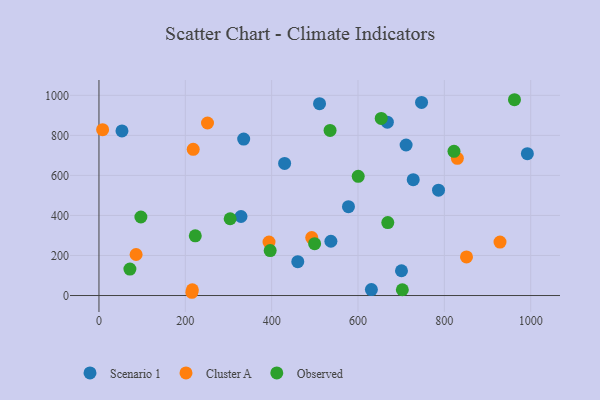
{"axis": {"x": "Engine Size", "y": "Rating"}, "legend": ["Cluster A", "Observed", "Scenario 1"], "data": [{"x": "510.9", "y": 958.5, "type": "Scenario 1"}, {"x": "537.2", "y": 271.1, "type": "Scenario 1"}, {"x": "53.3", "y": 822.3, "type": "Scenario 1"}, {"x": "668.0", "y": 865.7, "type": "Scenario 1"}, {"x": "747.2", "y": 964.3, "type": "Scenario 1"}, {"x": "711.4", "y": 751.9, "type": "Scenario 1"}, {"x": "727.9", "y": 578.8, "type": "Scenario 1"}, {"x": "577.9", "y": 444.0, "type": "Scenario 1"}, {"x": "786.5", "y": 526.4, "type": "Scenario 1"}, {"x": "631.0", "y": 29.6, "type": "Scenario 1"}, {"x": "335.2", "y": 781.5, "type": "Scenario 1"}, {"x": "992.3", "y": 708.5, "type": "Scenario 1"}, {"x": "430.0", "y": 659.8, "type": "Scenario 1"}, {"x": "700.7", "y": 123.6, "type": "Scenario 1"}, {"x": "329.0", "y": 394.7, "type": "Scenario 1"}, {"x": "460.5", "y": 168.9, "type": "Scenario 1"}, {"x": "215.2", "y": 16.2, "type": "Cluster A"}, {"x": "393.9", "y": 266.8, "type": "Cluster A"}, {"x": "218.3", "y": 730.1, "type": "Cluster A"}, {"x": "216.3", "y": 28.6, "type": "Cluster A"}, {"x": "251.4", "y": 861.8, "type": "Cluster A"}, {"x": "492.8", "y": 289.4, "type": "Cluster A"}, {"x": "8.5", "y": 828.2, "type": "Cluster A"}, {"x": "928.9", "y": 267.1, "type": "Cluster A"}, {"x": "830.1", "y": 685.1, "type": "Cluster A"}, {"x": "851.3", "y": 192.6, "type": "Cluster A"}, {"x": "86.0", "y": 204.8, "type": "Cluster A"}, {"x": "71.7", "y": 132.2, "type": "Observed"}, {"x": "600.5", "y": 595.4, "type": "Observed"}, {"x": "535.3", "y": 824.6, "type": "Observed"}, {"x": "97.1", "y": 392.2, "type": "Observed"}, {"x": "499.5", "y": 258.8, "type": "Observed"}, {"x": "303.9", "y": 383.4, "type": "Observed"}, {"x": "822.3", "y": 720.5, "type": "Observed"}, {"x": "669.0", "y": 364.6, "type": "Observed"}, {"x": "223.1", "y": 298.2, "type": "Observed"}, {"x": "653.8", "y": 884.5, "type": "Observed"}, {"x": "702.7", "y": 28.9, "type": "Observed"}, {"x": "396.6", "y": 224.7, "type": "Observed"}, {"x": "962.4", "y": 978.0, "type": "Observed"}]}